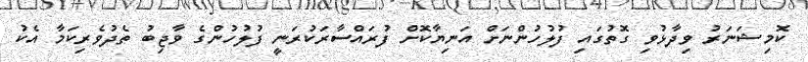
ކޮމިޝަނަރު ވިދާޅުވި ގޮތުގައި ފުލުހުންނަށް އަނިޔާކޮށް ފުރައްސާރަކުރަނީ ފުލުހުންގެ ވާޖިބު ތެދުވެރިކަމާ އެކު